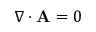
\nabla \cdot \mathbf { A } = 0